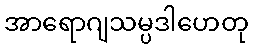
အာရောဂျသမ္ပဒါဟေတု